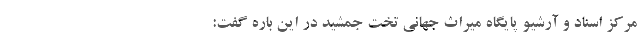
مرکز اسناد و آرشیو پایگاه میراث جهانی تخت جمشید در این باره گفت: